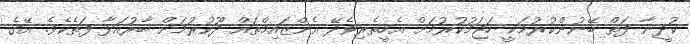
ކުދީނާ ފަތް ބޭނުންކުރުމަކީ ހަޖަމުކުރުމަށް އެހީތެރިވެދޭ އެންޒައިމްތައް ދޫކުރުމަށް ބާރުއަޅާ ފަތެކެވެ. އޭގެ